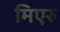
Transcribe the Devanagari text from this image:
मिएरु